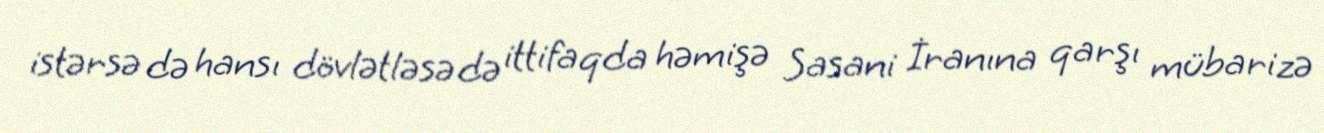
istərsə də hansı dövlətləsə də ittifaqda həmişə Sasani İranına qarşı mübarizə